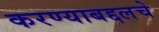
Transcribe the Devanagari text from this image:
करण्याबद्दलचे